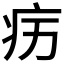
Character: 𱱉